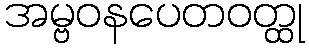
အမ္ဗဝနပေတဝတ္ထု